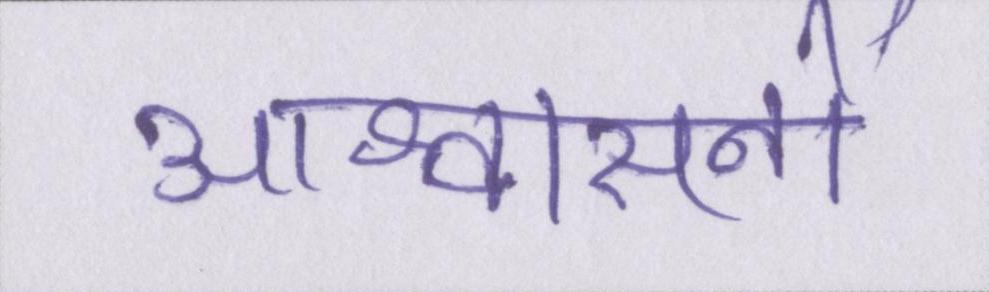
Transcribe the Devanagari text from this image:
आश्वासनों